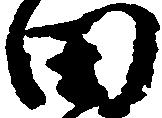
田